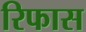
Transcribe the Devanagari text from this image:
रिफास